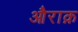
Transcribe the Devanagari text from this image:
औराक़